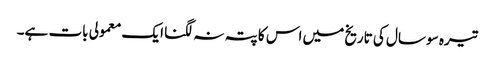
تیرہ سو سال کی تاریخ میں اس کا پتہ نہ لگنا ایک معمولی بات ہے۔